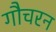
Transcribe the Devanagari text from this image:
गौचरन